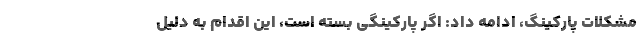
مشکلات پارکینگ، ادامه داد: اگر پارکینگی بسته است، این اقدام به دلیل